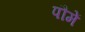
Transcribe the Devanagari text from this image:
पौमें